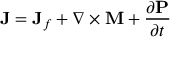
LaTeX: \mathbf { J } = \mathbf { J } _ { f } + \nabla \times \mathbf { M } + { \frac { \partial \mathbf { P } } { \partial t } }